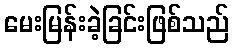
မေးမြန်းခဲ့ခြင်းဖြစ်သည်